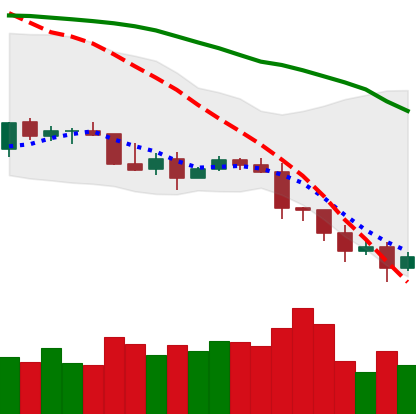
Ticker: TRX-USD
Chart end date: 2022-01-11
Forward return: 7.606%
Label: up_7plus